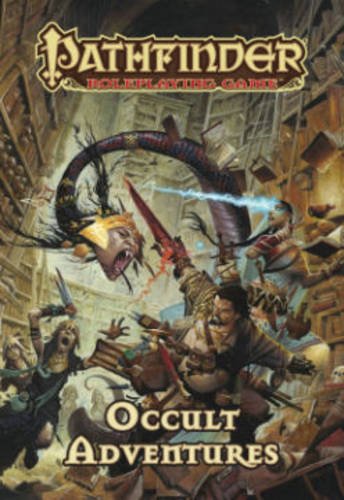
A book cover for Pathfinder Roleplaying Game: Occult Adventures; Jason Bulmahn; Science Fiction & Fantasy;